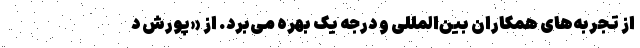
از تجربه‌های همکاران بین‌المللی و درجه یک بهره می‌برد. از «پورش د